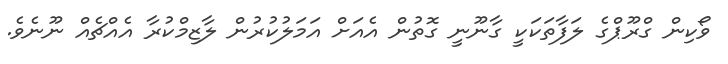
ވޯކިން ގްރޫޕްގެ ލަފާތަކަކީ ގާނޫނީ ގޮތުން އެއަށް އަމަލުކުރުން ލާޒިމްކުރާ އެއްޗެއް ނޫނެވެ.